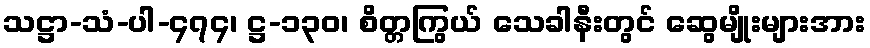
သဋ္ဌာ-သံ-ပါ-၄၇၄၊ ဋ္ဌ-၁၃၀၊ စိတ္တကြွယ် သေခါနီးတွင် ဆွေမျိုးများအား